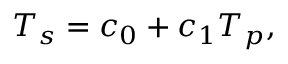
T _ { s } = c _ { 0 } + c _ { 1 } T _ { p } ,